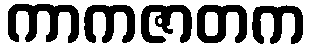
ကာကဇာတက